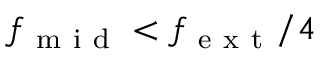
f _ { \mathrm { ~ m ~ i ~ d ~ } } < f _ { \mathrm { ~ e ~ x ~ t ~ } } / 4